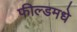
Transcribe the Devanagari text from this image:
फील्डमधे